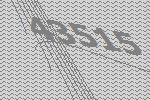
43515